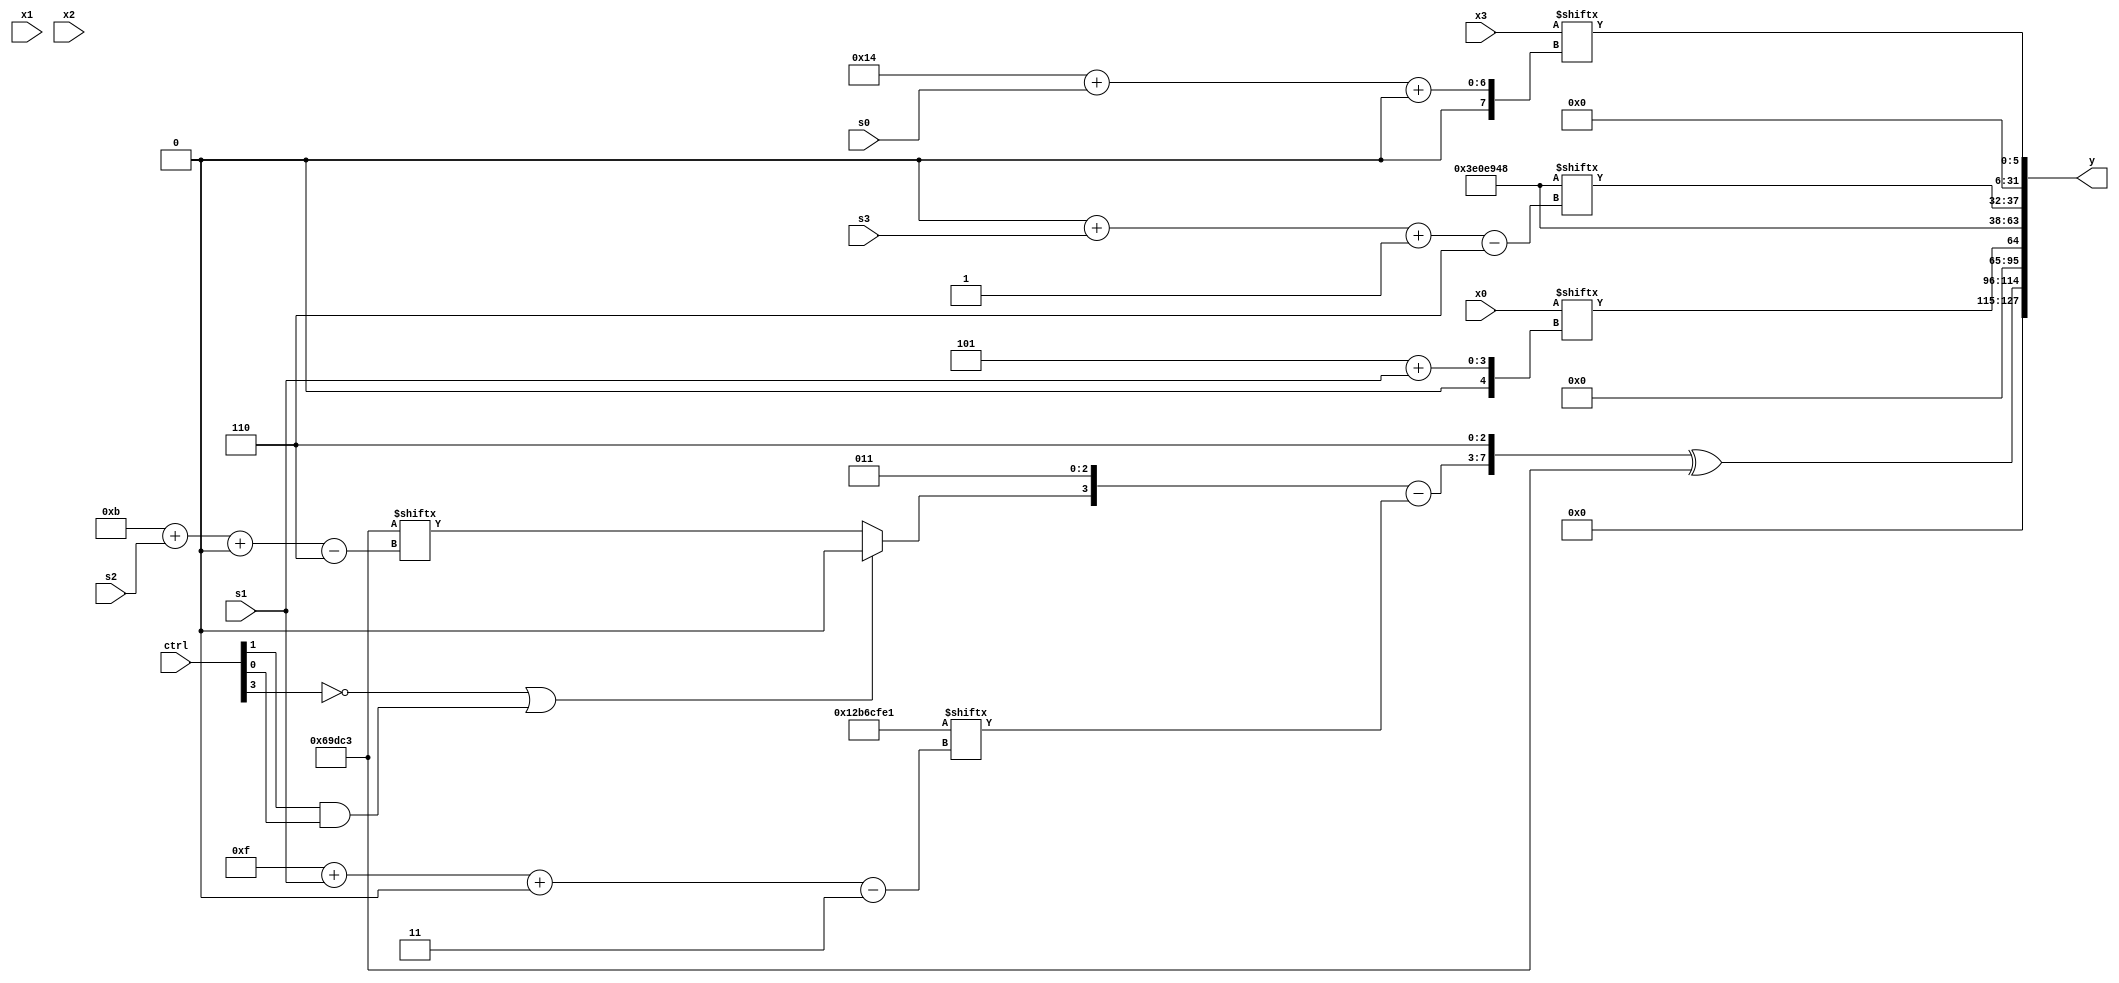
module partsel_00064(ctrl, s0, s1, s2, s3, x0, x1, x2, x3, y);
  input [3:0] ctrl;
  input [2:0] s0;
  input [2:0] s1;
  input [2:0] s2;
  input [2:0] s3;
  input signed [31:0] x0;
  input [31:0] x1;
  input [31:0] x2;
  input signed [31:0] x3;
  wire [0:27] x4;
  wire [24:7] x5;
  wire [29:5] x6;
  wire [4:24] x7;
  wire [29:6] x8;
  wire [26:1] x9;
  wire signed [5:26] x10;
  wire [1:24] x11;
  wire signed [5:27] x12;
  wire [29:5] x13;
  wire signed [29:3] x14;
  wire [2:27] x15;
  output [127:0] y;
  wire [31:0] y0;
  wire signed [31:0] y1;
  wire signed [31:0] y2;
  wire signed [31:0] y3;
  assign y = {y0,y1,y2,y3};
  localparam [31:3] p0 = 313970657;
  localparam signed [25:0] p1 = 65071432;
  localparam [28:6] p2 = 522688935;
  localparam [24:6] p3 = 861838787;
  assign x4 = x3;
  assign x5 = p2[23];
  assign x6 = (x4[21 -: 3] | x0[9 +: 3]);
  assign x7 = (((ctrl[3] && !ctrl[1] || !ctrl[2] ? x3[13 +: 4] : (!ctrl[0] || ctrl[2] && ctrl[3] ? (!ctrl[2] && ctrl[0] && !ctrl[0] ? x4[17 +: 4] : p1) : x3[18 -: 2])) - (p1[26 + s2 -: 3] ^ x6[14 +: 4])) ^ {2{({x0[16 + s0], {x5[0 + s1 -: 5], p0[23 -: 1]}} - p3[10 + s1])}});
  assign x8 = (!ctrl[0] && ctrl[1] || ctrl[0] ? p2 : (ctrl[2] || ctrl[2] && !ctrl[1] ? {p3[0 + s3 +: 4], (x5[12] | (p0[4 + s1] - p2[31 + s3 +: 7]))} : {2{(!ctrl[1] || !ctrl[3] && ctrl[1] ? x4[7 + s1 +: 2] : (p3[12] ^ p1[18 + s1]))}}));
  assign x9 = x5[20 + s1 -: 2];
  assign x10 = p2[10];
  assign x11 = x0[5 + s1];
  assign x12 = p1[14 + s1];
  assign x13 = (p3[13 +: 4] - {2{(p0[12 -: 2] + p3)}});
  assign x14 = (p2[8] ^ x1[23]);
  assign x15 = p3[12 + s3];
  assign y0 = ({({(!ctrl[3] || ctrl[1] && ctrl[0] ? x14[13 -: 2] : p3[11 + s2 +: 1]), p1[16 -: 3]} - p0[15 + s1 +: 1]), ({2{p2[16]}} ^ p1[12 +: 3])} ^ p3);
  assign y1 = x0[5 + s1];
  assign y2 = {{{2{{2{{p1[10 + s0 +: 8], x0[6 + s3]}}}}}, p1}, p1[0 + s3 -: 6]};
  assign y3 = x3[20 + s0 +: 6];
endmodule